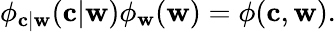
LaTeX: \phi_{\mathbf{c}|\mathbf{w}}(\mathbf{c}|\mathbf{w})\phi_{\mathbf{w}}(\mathbf{w})=\phi(\mathbf{c},\mathbf{w}).